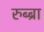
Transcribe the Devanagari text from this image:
रुब्ब्रा